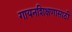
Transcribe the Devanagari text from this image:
गायनशिक्षणासाठी